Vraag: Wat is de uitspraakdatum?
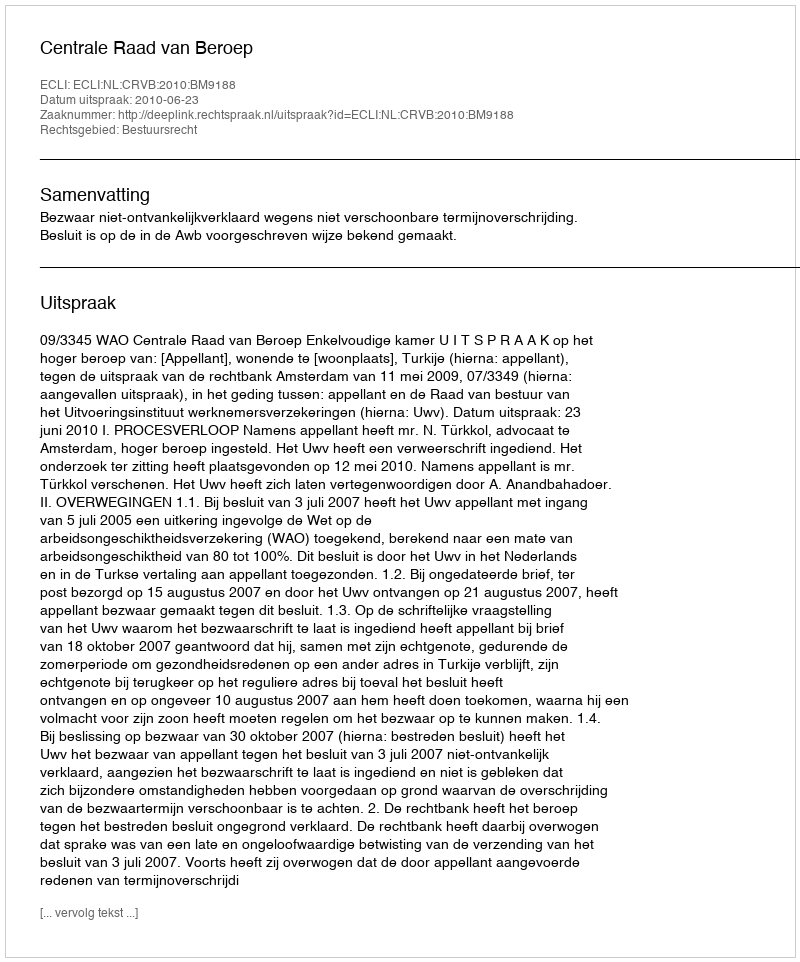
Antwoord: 2010-06-23